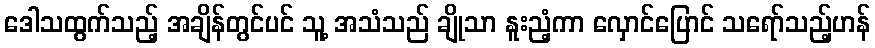
ဒေါသထွက်သည့် အချိန်တွင်ပင် သူ့ အသံသည် ချိုသာ နူးညံ့ကာ လှောင်ပြောင် သရော်သည့်ဟန်